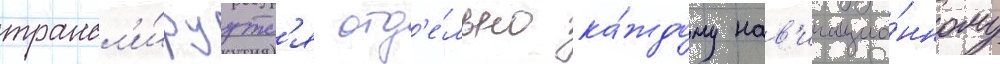
трансл'и́руутс'я отд'е́льно ка́ждому нав'игацио́нному